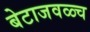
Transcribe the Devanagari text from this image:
बेटाजवळ्च